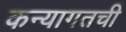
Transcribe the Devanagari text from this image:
कन्यागतची